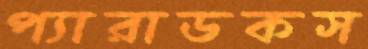
প্যারাডকস